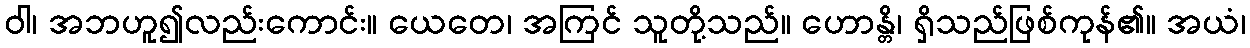
ဝါ၊ အဘဟူ၍လည်းကောင်း။ ယေတေ၊ အကြင် သူတို့သည်။ ဟောန္တိ၊ ရှိသည်ဖြစ်ကုန်၏။ အယံ၊